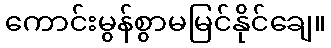
ကောင်းမွန်စွာမမြင်နိုင်ချေ။